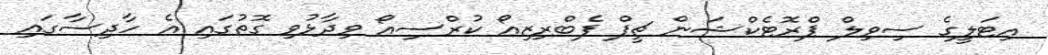
އިޓަލީގެ ސިވިލް ޕްރޮޓެކްޝަން ޗީފް ފެބްރިޒިއޯ ކުރްސިއޯ ވިދާޅުވި ގޮތުގައި އެ ހާދިސާގައި